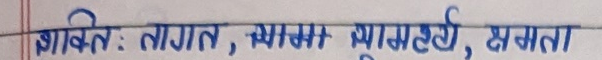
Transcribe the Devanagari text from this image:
शक्ति: लागत, व्यास, व्यासस्फी, क्षमता